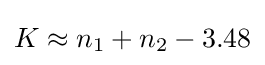
K\approx n_{1}+n_{2}-3.48